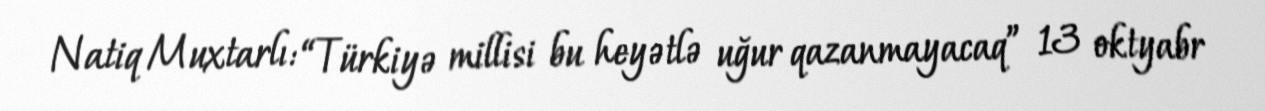
Natiq Muxtarlı: “Türkiyə millisi bu heyətlə uğur qazanmayacaq” 13 oktyabr